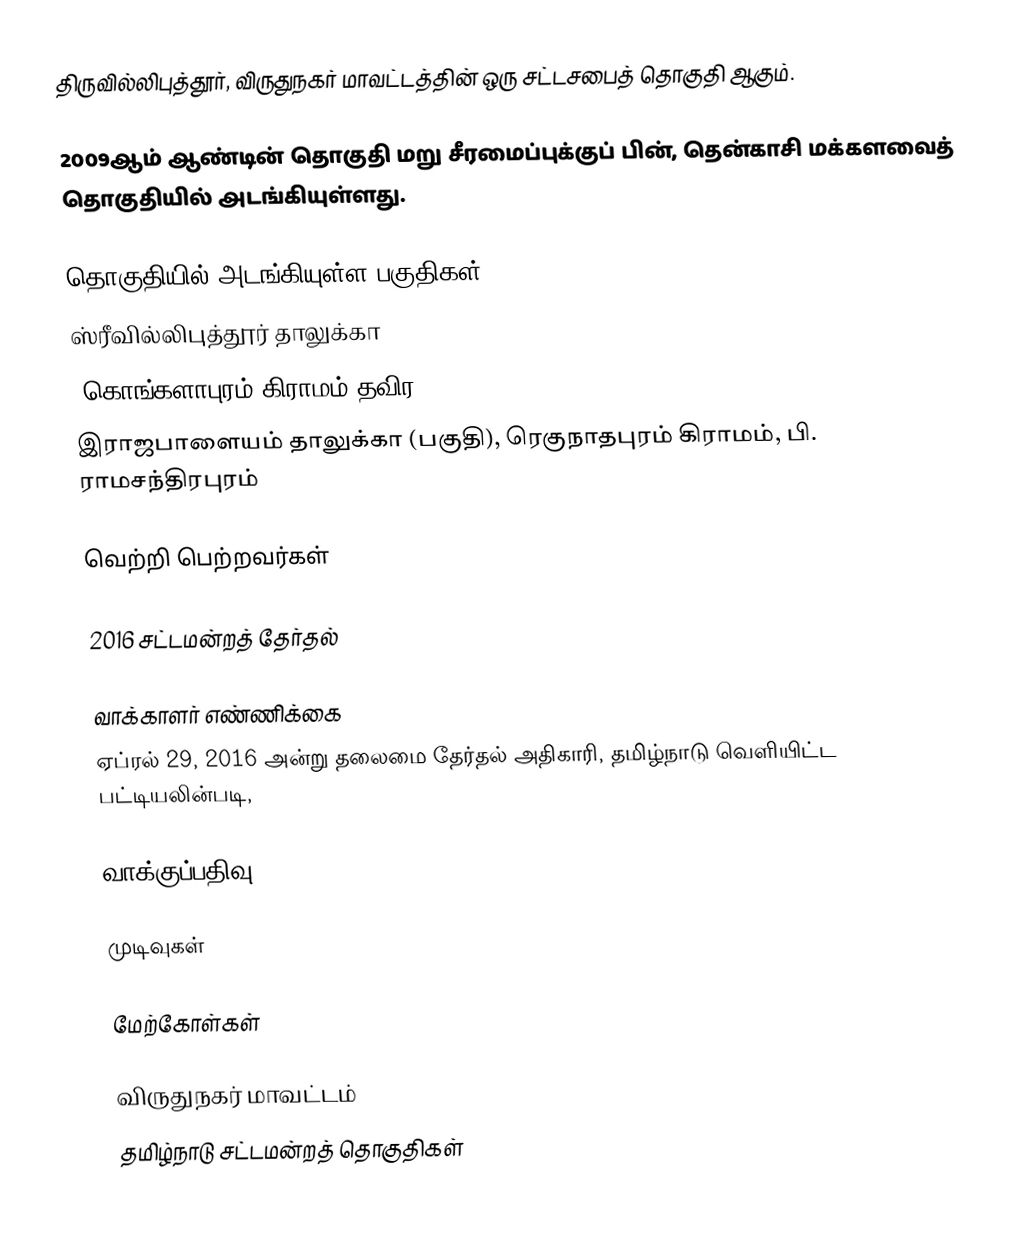
திருவில்லிபுத்தூர், விருதுநகர் மாவட்டத்தின் ஒரு சட்டசபைத் தொகுதி ஆகும்.

2009ஆம் ஆண்டின் தொகுதி மறு சீரமைப்புக்குப் பின், தென்காசி மக்களவைத் தொகுதியில் அடங்கியுள்ளது.

தொகுதியில் அடங்கியுள்ள பகுதிகள்
ஸ்ரீவில்லிபுத்தூர் தாலுக்கா
(கொங்களாபுரம் கிராமம் தவிர)
இராஜபாளையம் தாலுக்கா (பகுதி), ரெகுநாதபுரம் கிராமம், பி. ராமசந்திரபுரம்

வெற்றி பெற்றவர்கள்

2016 சட்டமன்றத் தேர்தல்

வாக்காளர் எண்ணிக்கை
ஏப்ரல் 29, 2016 அன்று தலைமை தேர்தல் அதிகாரி, தமிழ்நாடு வெளியிட்ட பட்டியலின்படி,

வாக்குப்பதிவு

முடிவுகள்

மேற்கோள்கள்

விருதுநகர் மாவட்டம்
தமிழ்நாடு சட்டமன்றத் தொகுதிகள்